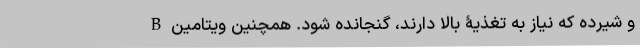
و شیرده که نیاز به تغذیۀ بالا دارند، گنجانده شود. همچنین ویتامین B